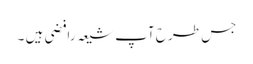
جس طرح آپ شیعہ رافضی ہیں ۔